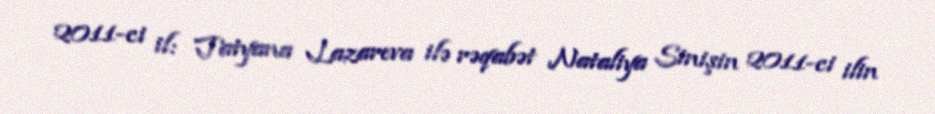
2011-ci il: Tatyana Lazareva ilə rəqabət Nataliya Sinişin 2011-ci ilin